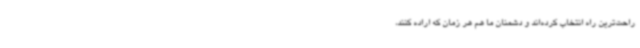
راحت‌ترین راه انتخاب کرده‌اند و دشمنان ما هم هر زمان که اراده کنند،